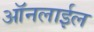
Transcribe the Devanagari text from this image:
ऑनलाईल